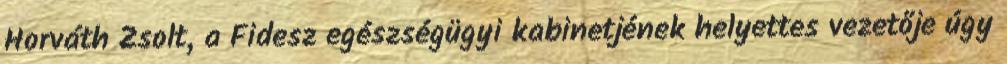
Horváth Zsolt, a Fidesz egészségügyi kabinetjének helyettes vezetője úgy